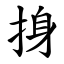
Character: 㧶